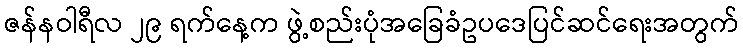
ဇန်နဝါရီလ ၂၉ ရက်နေ့က ဖွဲ့စည်းပုံအခြေခံဥပဒေပြင်ဆင်ရေးအတွက်